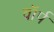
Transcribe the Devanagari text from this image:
वॉर्प